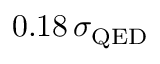
0 . 1 8 \, \sigma _ { \mathrm { Q E D } }